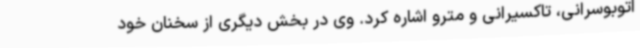
اتوبوسرانی، تاکسیرانی و مترو اشاره کرد. وی در بخش دیگری از سخنان خود